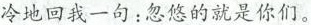
冷地回我一句：忽悠的就是你们。